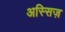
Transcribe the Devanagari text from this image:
अस्सिज़